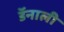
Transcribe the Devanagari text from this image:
डॅनाली